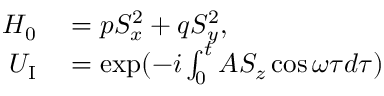
\begin{array} { r l } { H _ { 0 } } & { { } = p S _ { x } ^ { 2 } + q S _ { y } ^ { 2 } , } \\ { U _ { \mathrm { I } } } & { { } = \exp ( - i \int _ { 0 } ^ { t } A S _ { z } \cos \omega \tau d \tau ) } \end{array}